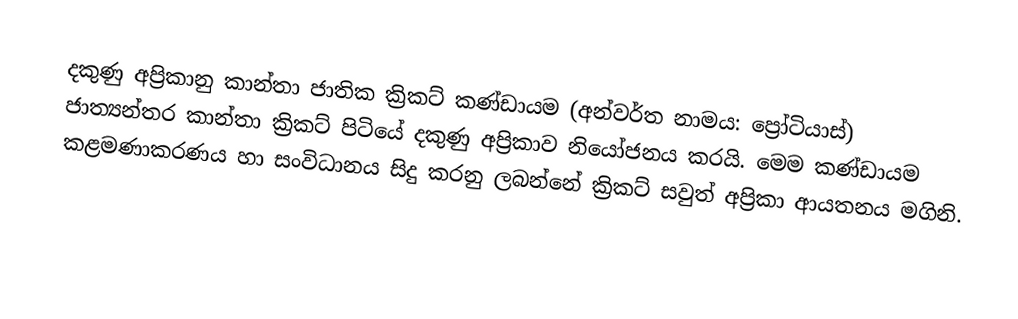
දකුණු අප්‍රිකානු කාන්තා ජාතික ක්‍රිකට් කණ්ඩායම (අන්වර්ත නාමය: ප්‍රෝටියාස්) ජාත්‍යන්තර කාන්තා ක්‍රිකට් පිටියේ දකුණු අප්‍රිකාව නියෝජනය කරයි. මෙම කණ්ඩායම කළමණාකරණය හා සංවිධානය සිදු කරනු ලබන්නේ ක්‍රිකට් සවුත් අප්‍රිකා ආයතනය මගිනි.